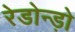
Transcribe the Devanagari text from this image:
रेडोन्ड़ो